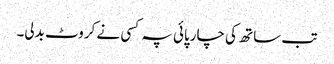
تب ساتھ کی چارپائی پہ کسی نے کروٹ بدلی۔